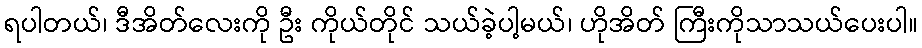
ရပါတယ်၊ ဒီအိတ်လေးကို ဦး ကိုယ်တိုင် သယ်ခဲ့ပါ့မယ်၊ ဟိုအိတ် ကြီးကိုသာသယ်ပေးပါ။